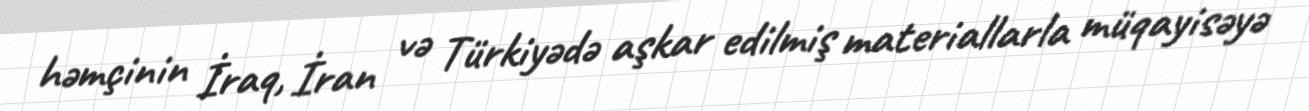
həmçinin İraq, İran və Türkiyədə aşkar edilmiş materiallarla müqayisəyə